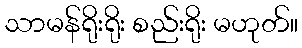
သာမန်ရိုးရိုး စည်းရိုး မဟုတ်။